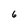
Character: 6